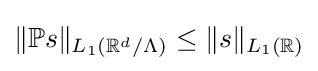
\|\mathbb {P} s\|_{L_{1}(\mathbb {R} ^{d}/\Lambda )}\leq \|s\|_{L_{1}(\mathbb {R} )}